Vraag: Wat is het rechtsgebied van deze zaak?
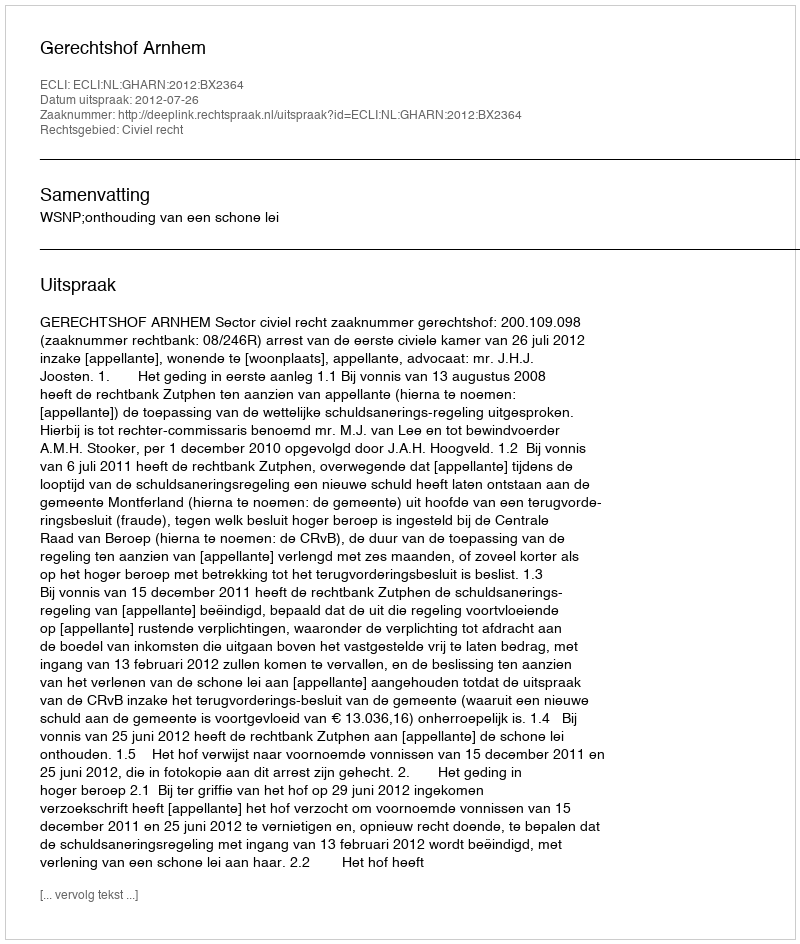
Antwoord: Civiel recht